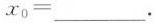
$$x_{0}=___$$.